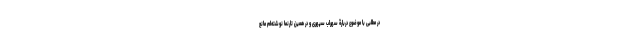
در مطلبی با موضوع دربارۀ سهراب سپهری و در همین تارنما نوشته‌ام مانع